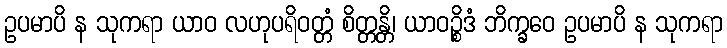
ဥပမာပိ န သုကရာ ယာဝ လဟုပရိဝတ္တံ စိတ္တန္တိ၊ ယာဝဉ္စိဒံ ဘိက္ခဝေ ဥပမာပိ န သုကရာ